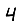
Digit: 4